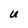
Character: U